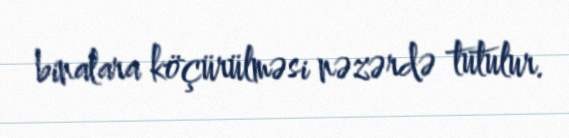
binalara köçürülməsi nəzərdə tutulur.